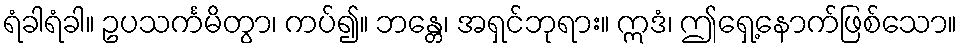
ရံခါရံခါ။ ဥပသင်္ကမိတွာ၊ ကပ်၍။ ဘန္တေ၊ အရှင်ဘုရား။ ဣဒံ၊ ဤရှေ့နောက်ဖြစ်သော။